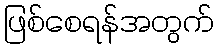
ဖြစ်စေရန်အတွက်